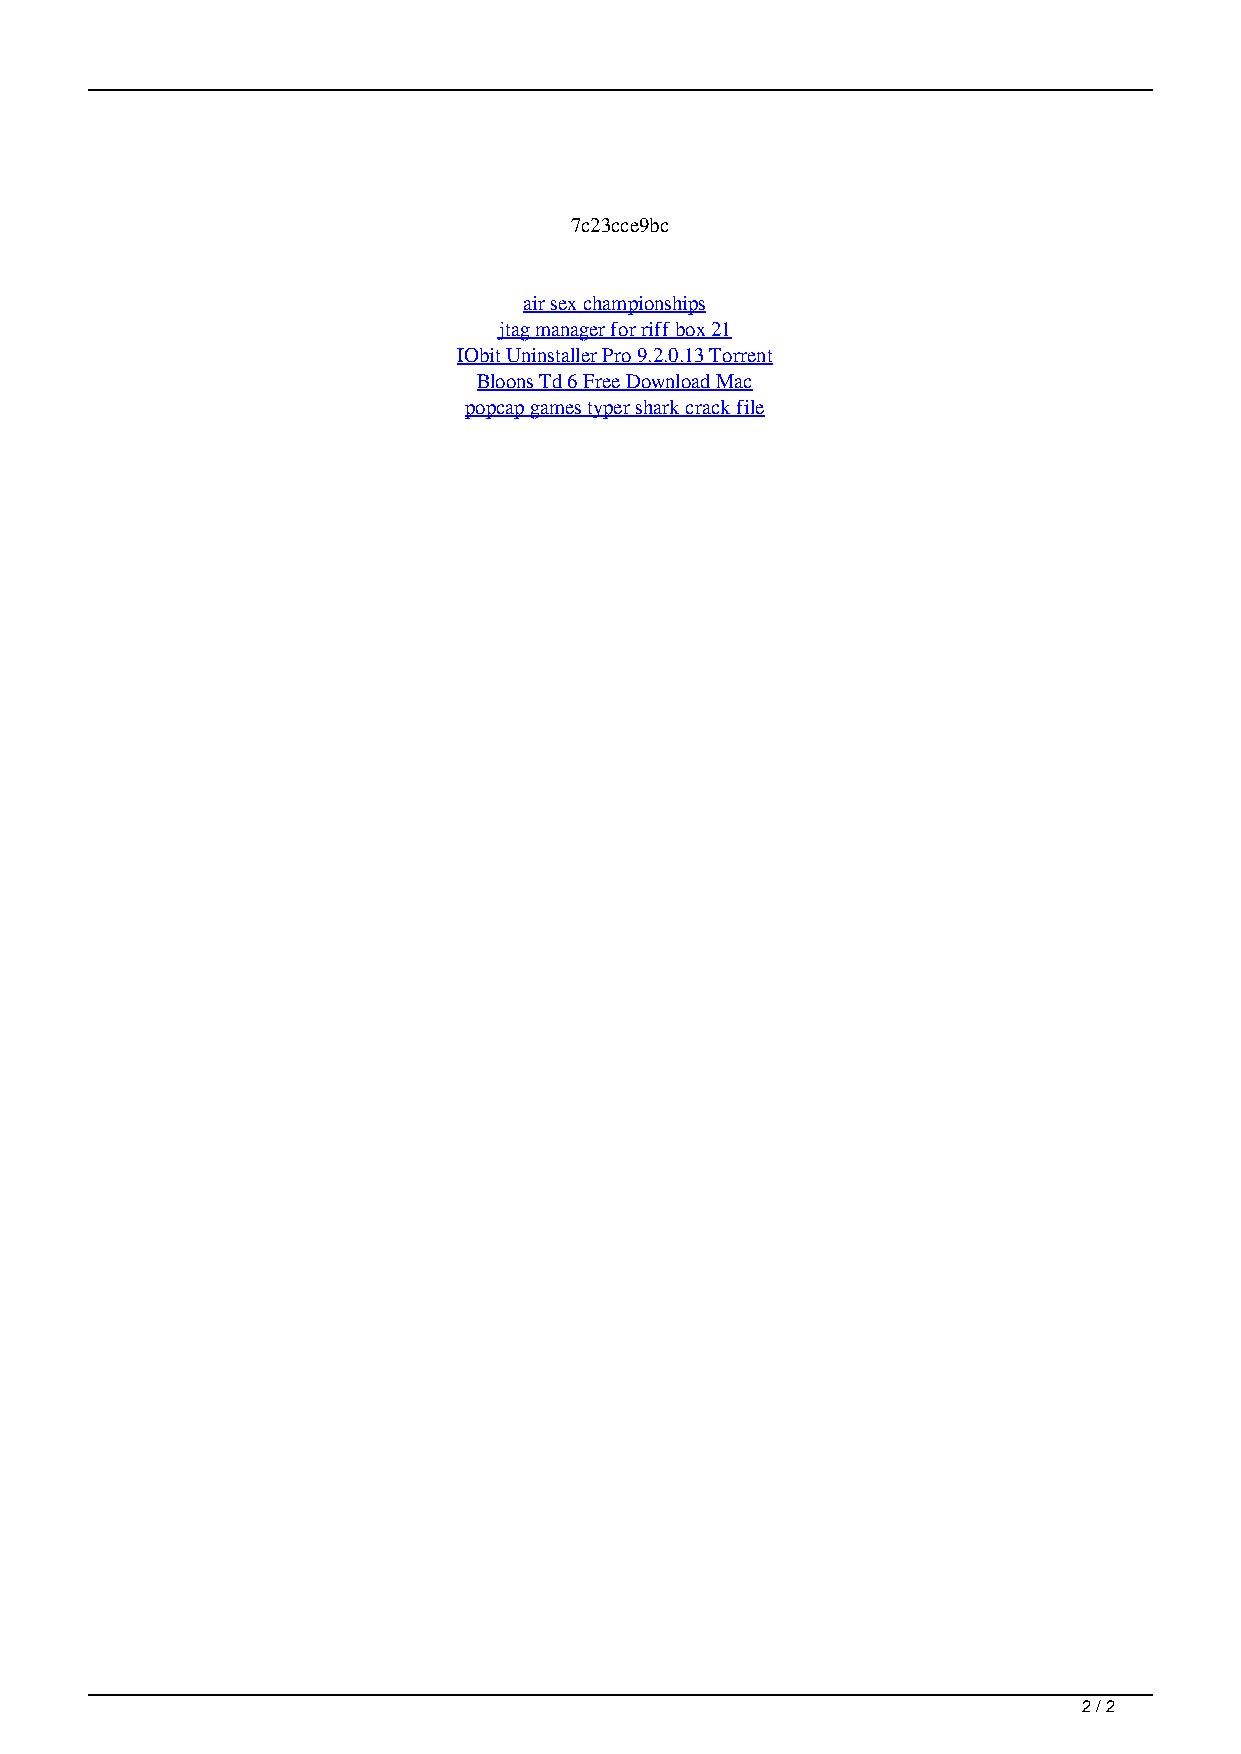
7c23cce9bc
 air sex championships
 jtag manager for riff box 21
 IObit Uninstaller Pro 9.2.0.13 Torrent
 Bloons Td 6 Free Download Mac
 popcap games typer shark crack file
 2 / 2
 Torrent Autodesk Inventor 2014 Pro X64 Full